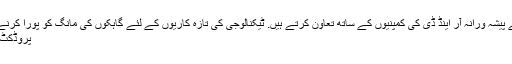
ہم نے ایک پیشہ ورانہ آر اینڈ ڈی کی ٹیم ہے اور بہت سے پیشہ ورانہ آر اینڈ ڈی کی کمپنیوں کے ساتھ تعاون کرتے ہیں. ٹیکنالوجی کی تازہ کاریوں کے لئے گاہکوں کی مانگ کو پورا کرنے کے علاوہ، ہم بھی خرچ کرنے کے لئے کسٹمر کی مدد
پروڈکٹ لائن. ہم گاہکوں کی کامیابی کے ساتھ زیادہ فکر مند ہیں!